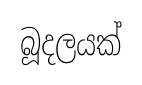
බූදලයක්